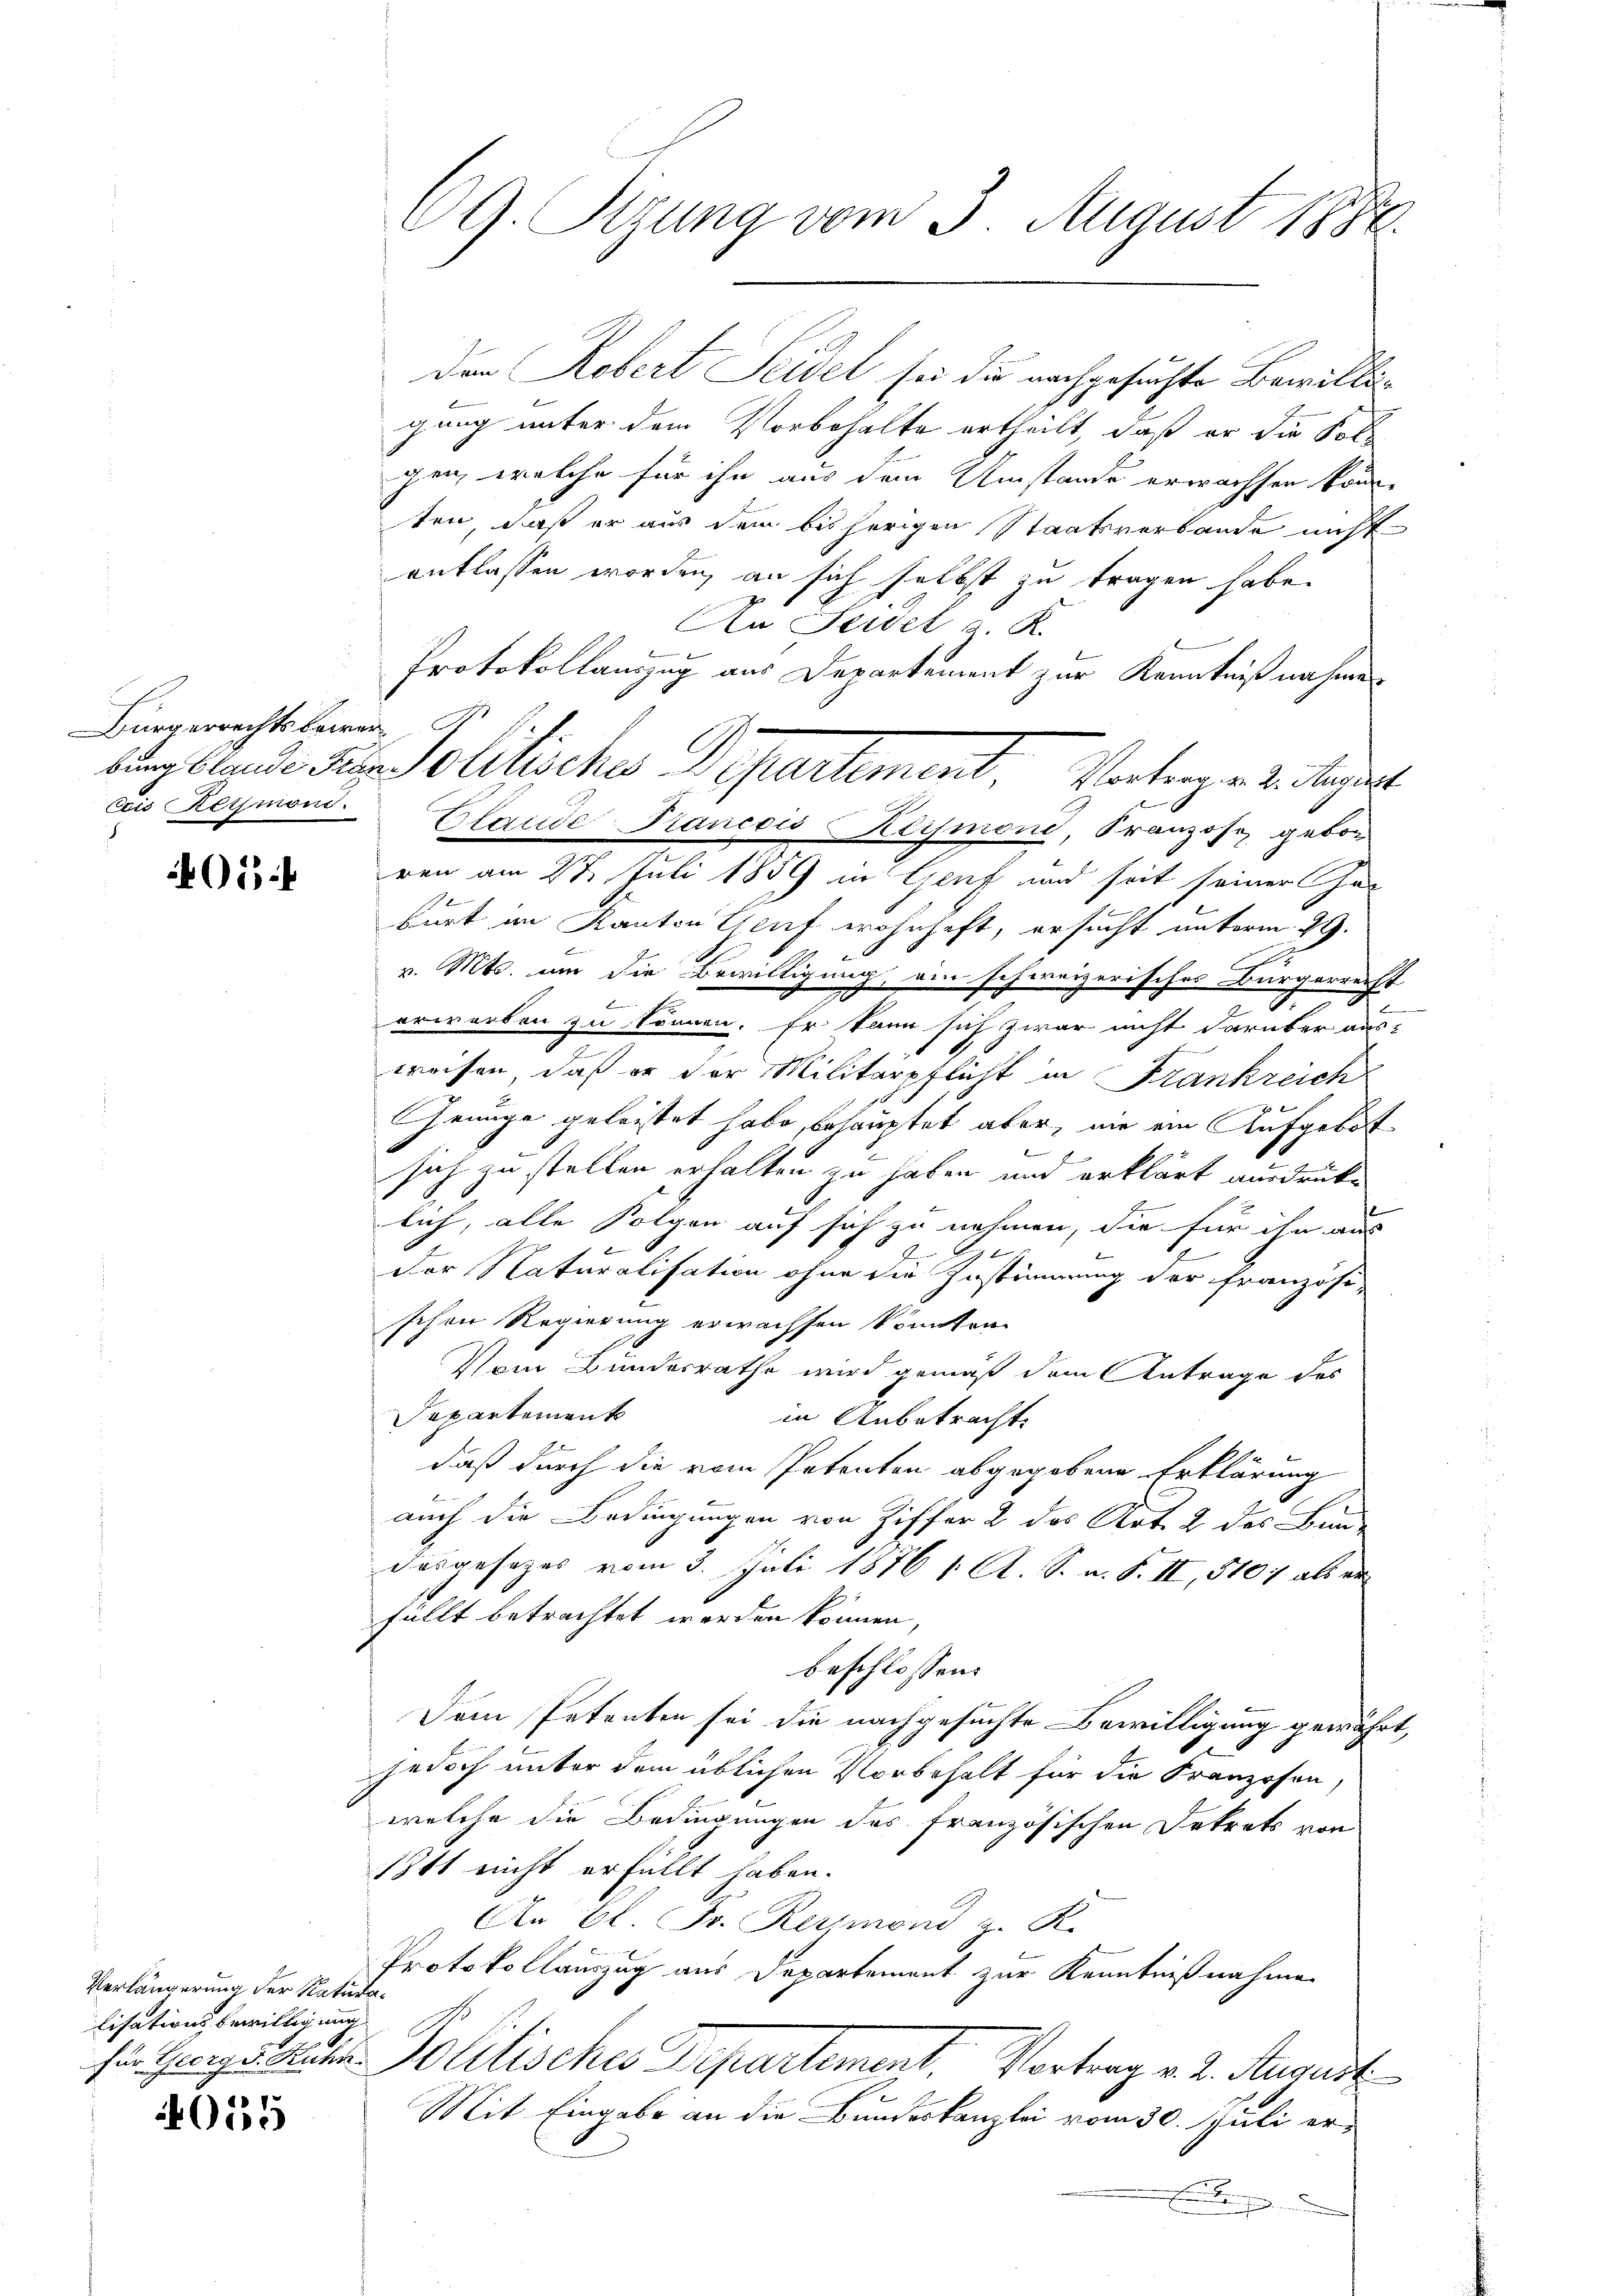
Bürgerrechtsbewer

01

Verlängerung der Natura¬
Lisationsbewilligung

055

CG. Sigung vom 3. August 1888.

Der Rebert Seidel sei die nachgesuchte Bewilligung unter dem Vorbehalte ertheilt, daß er die Kol
gen, welche für ihn aus dem Umstände erwachsen könne
ten, daß er aus dem bisherigen Staatsverbande nicht
entlassen worden, an sich selbst zu tragen habe.
An Seidel a. K.
Protokollauszug aus Departement zur Kenntnißnahmen
cois Reymond-Blande Francois Reymoni, Kranzose, gebor
iren am 27. Juli 1859 in Genf und seit seiner He
burt im Kanton Genf wohnhaft, ersucht unterm 29.
v. Mts. um die Bewilligung, ein schweizerisches Bürgerrecht
erworben zu können. Er kann sich zwar nicht darüber aus-
weisen, daß er der Militärpflicht in Frankreich
Genüge geleistet habe, behauptet aber, wie ein Aufgebot
sich zu stellen erhalten zu haben und erklärt ausdrücke
lich, alle Folgen auf sich zu nehmen, die für ihn aus
e
b
Der Naturalisation ohne die Zustimmung der französi-
schen Regierung erwachsen könnten.
Vom Bundesrathe wird gemäß dem Antrage des
Dapartement
in Anbetracht
daß durch die vom Petenten abgegebene Erklärung
auch die Bedingungen von Ziffer 2 des Art. 2 des Bun-
desgesezes vom 3. Juli 1876 1. A. S. a. S. II, 5107 als er
füllt betrachtet werden können,
beschlossen:
Dem Petenten sei die nachgesuchte Bewilligung gewährt,
jedoch unter dem üblichen Vorbehalt für die Franzosen,
welche die Bedingungen des französischen Dekrets von
1841 nicht erfüllt haben.
An E. Fr. Reymond z. K.
Protokollauszug aus Departement zur Kenntnißnahme
für Gergs Rathen Molitisches Departement. Vortrag v. 2. August
Mit Eingabe an die Bundeskanzlei vom 30. Juli er¬
.

burg kunde der Politisches Departement, Vertrengereitget